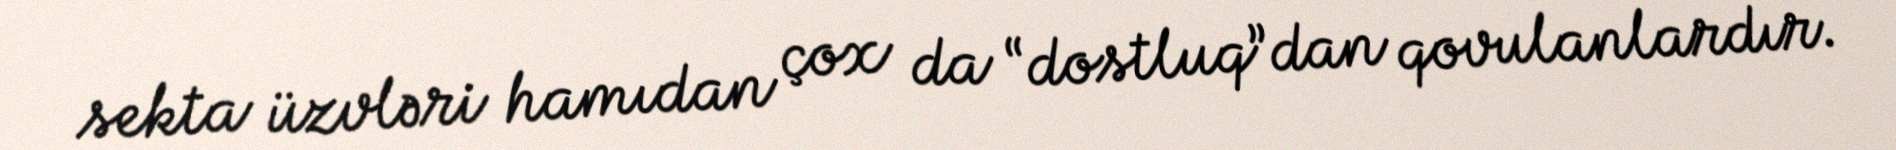
sekta üzvləri hamıdan çox da “dostluq”dan qovulanlardır.